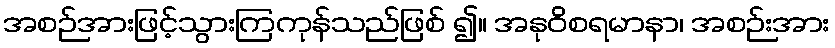
အစဉ်အားဖြင့်သွားကြကုန်သည်ဖြစ် ၍။ အနုဝိစရမာနာ၊ အစဉ်းအား